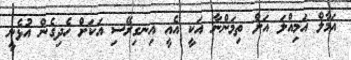
އަމާލް އަމިއްލަ އަށް ތިމަންނާ އަކީ އެއީ އިނގިރޭސި އަކަށް ހެދިގެން އުޅެނީ